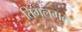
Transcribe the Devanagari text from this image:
तिंगलगल